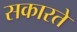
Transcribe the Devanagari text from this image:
सकारते